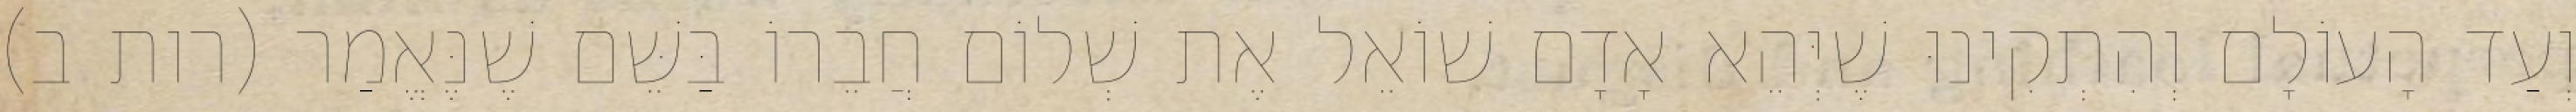
וְעַד הָעוֹלָם וְהִתְקִינוּ שֶׁיְּהֵא אָדָם שׁוֹאֵל אֶת שְׁלוֹם חֲבֵרוֹ בַּשֵּׁם שֶׁנֶּאֱמַר (רות ב)